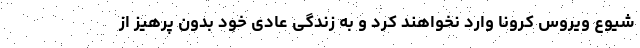
شیوع ویروس کرونا وارد نخواهند کرد و به زندگی عادی خود بدون پرهیز از